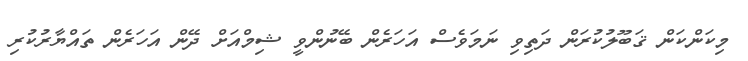
މިކަންކަން ޤަބޫލުކުރަން ދަތިވި ނަމަވެސް އަހަރެން ބޭނުންވީ ޝިމްއަށް ދޭން އަހަރެން ތައްޔާރުކުރި